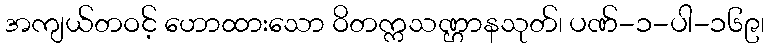
အကျယ်တဝင့် ဟောထားသော ဝိတက္ကသဏ္ဌာနသုတ်၊ ပဏ်-၁-ပါ-၁၆၉၊